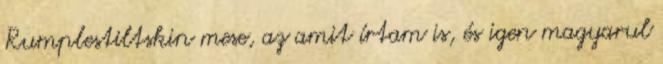
Rumplestiltskin mese, az amit írtam is, és igen magyarul